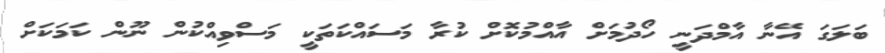
ބަލަގަ އޭނާ އާމްދަނީ ހޯދުމަށް އާއްމުކޮށް ކުރާ މަސައްކަތަކީ މަސްވިއްކުން ނޫން ކަމަކަށް